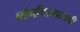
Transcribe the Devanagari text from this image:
व्यंगचित्रकाराची